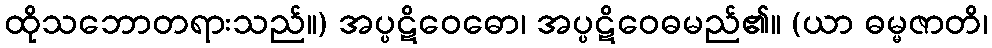
ထိုသဘောတရားသည်။) အပ္ပဋိဝေဓော၊ အပ္ပဋိဝေဓမည်၏။ (ယာ ဓမ္မဇာတိ၊